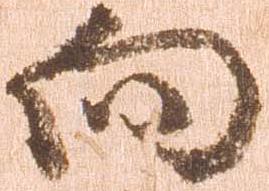
向